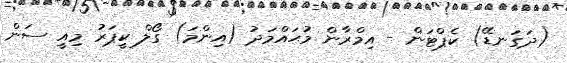
(ދަގަނޑޭ) ކެޕްޓަން - އިމްރާން މުޙައްމަދު (އިންމަ) ގޯލް ކީޕަރު މިއީ ސަން